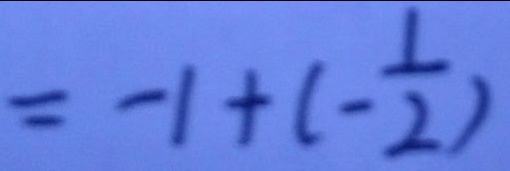
= - 1 + ( - \frac { 1 } { 2 } )